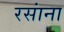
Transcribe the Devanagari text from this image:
रसांना